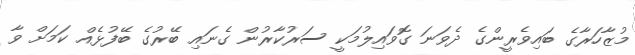
މުޒާހަރާގެ ބައިވެރީންގެ ދެވަނަ ގޮވައިލުމަކީ ސަރުކާރުން ގެނައި ބޭރުގެ ބޭފުޅެއް ކަމަށް ވާ